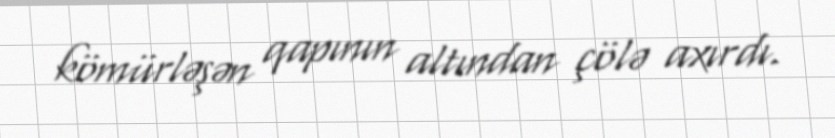
kömürləşən qapının altından çölə axırdı.